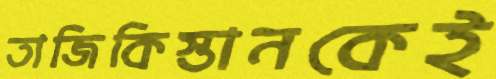
তাজিকিস্তানকেই